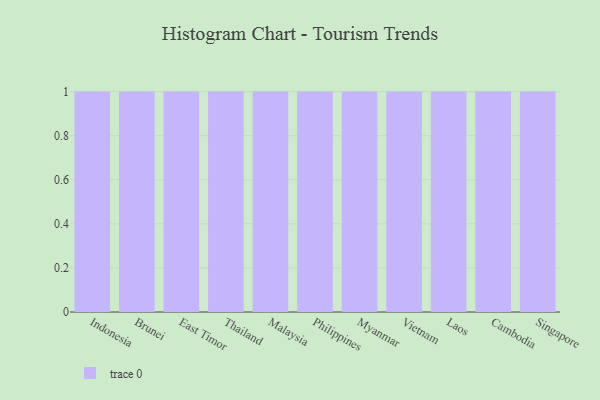
{"axis": {"x": "Country", "y": "Net Income (USD K)"}, "legend": [""], "data": [{"x": "Indonesia", "y": 61, "type": ""}, {"x": "Brunei", "y": 7, "type": ""}, {"x": "East Timor", "y": 42, "type": ""}, {"x": "Thailand", "y": 9, "type": ""}, {"x": "Malaysia", "y": 16, "type": ""}, {"x": "Philippines", "y": 50, "type": ""}, {"x": "Myanmar", "y": 67, "type": ""}, {"x": "Vietnam", "y": 75, "type": ""}, {"x": "Laos", "y": 62, "type": ""}, {"x": "Cambodia", "y": 29, "type": ""}, {"x": "Singapore", "y": 63, "type": ""}]}